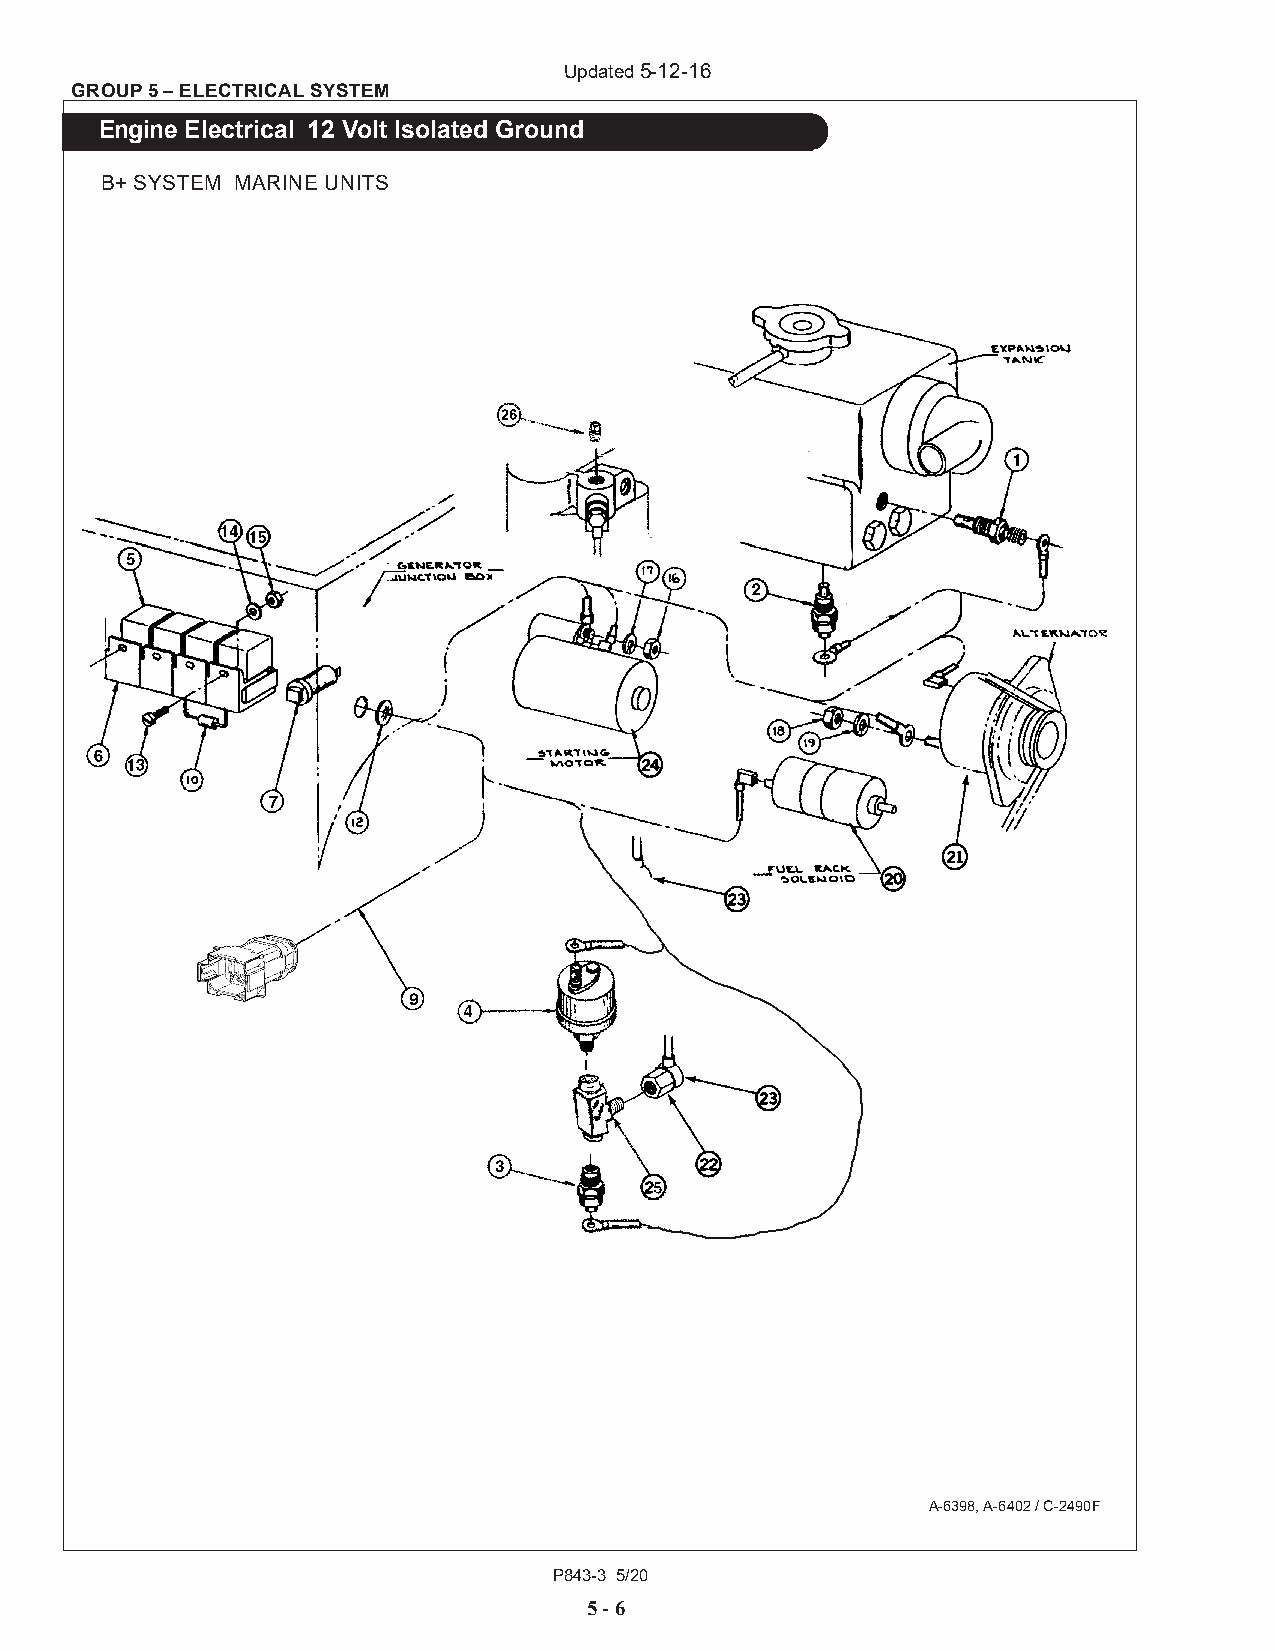
Updated 5-12-16
 GROUP 5 – ELECTRICAL SYSTEM
 Engine Electrical 12 Volt Isolated Ground
 B+ SYSTEM MARINE UNITS
 A-6398, A-6402 / C-2490F
 P843-3 5/20
 5 - 6